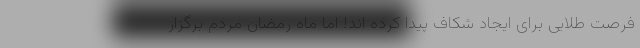
فرصت طلایی برای ایجاد شکاف پیدا کرده اند! اما ماه رمضان مردم برگزار